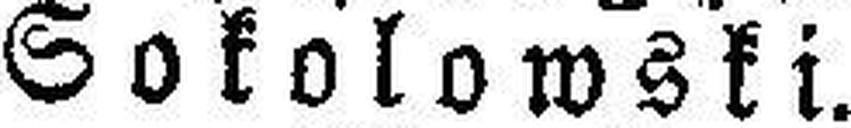
Sokolowski.